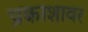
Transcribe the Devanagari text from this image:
प्रकाशावर